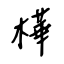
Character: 樺